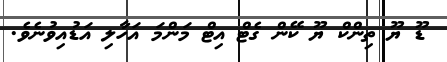
ޑޫ ޔޫ ތިންކް ޔޫ ކޭން ގެޓް އިޓް މަންމަ އަހާލި އަޑުއިވުނެވެ.